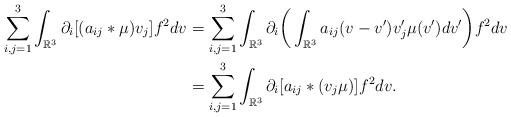
\begin{align*} \sum_{i,j=1}^3\int_{\mathbb R^3}\partial_i[(a_{ij}*\mu)v_j]f^2dv&=\sum_{i,j=1}^3\int_{\mathbb R^3}\partial_i\bigg(\int_{\mathbb R^3}a_{ij}(v-v')v_j'\mu(v')dv'\bigg)f^2dv\\ &=\sum_{i,j=1}^3\int_{\mathbb R^3}\partial_i[a_{ij}*(v_j\mu)]f^2dv. \end{align*}